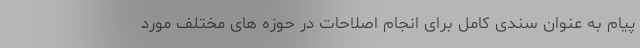
پیام به عنوان سندی کامل برای انجام اصلاحات در حوزه های مختلف مورد